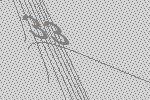
33